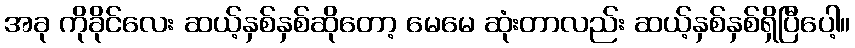
အခု ကိုခိုင်လေး ဆယ့်နှစ်နှစ်ဆိုတော့ မေမေ ဆုံးတာလည်း ဆယ့်နှစ်နှစ်ရှိပြီပေါ့။